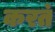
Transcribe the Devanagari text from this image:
करत॓